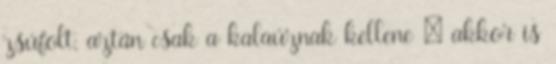
zsúfolt, aztán csak a kalaúznak kellene – akkor is